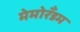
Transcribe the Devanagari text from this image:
मेमोरँडम